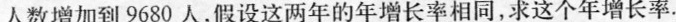
人数增加到9680人，假设这两年的年增长率相同，求这个年增长率。